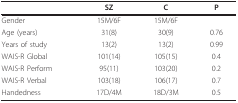
|  | SZ | C | P |
 | --- | --- | --- | --- |
 | Gender | 15M/6F | 15M/6F |  |
 | Age (years) | 31(8) | 30(9) | 0.76 |
 | Years of study | 13(2) | 13(2) | 0.99 |
 | WAIS-R Global | 101(14) | 105(15) | 0.4 |
 | WAIS-R Perform | 95(11) | 103(20) | 0.2 |
 | WAIS-R Verbal | 103(18) | 106(17) | 0.7 |
 | Handedness | 17D/4M | 18D/3M | 0.5 |